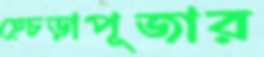
হেচড়াপূজার